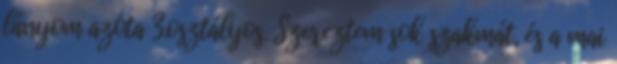
lányom azóta 3.osztályos. Szereztem sok szakmát, és a mai